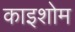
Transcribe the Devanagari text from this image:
काइशोम